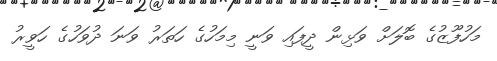
މަހުފޫޒުގެ ބޮލަށް ވަޅިން ދީފައި ވަނީ މިމަހުގެ ހަތަރު ވަނަ ދުވަހުގެ ހަވީރު